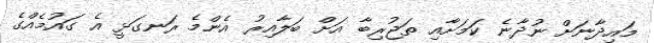
މައިދާނަށް ނުދާނެ ކަމަށާއި ތަޖުރިބާ އަށް ބަލާއިރު އެންމެ ރަނގަޅީ އެ ގައުމެއްގެ